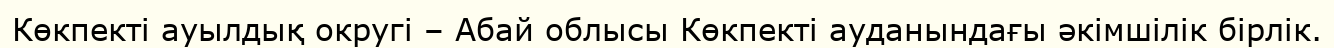
Көкпекті ауылдық округі – Абай облысы Көкпекті ауданындағы әкімшілік бірлік.